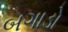
બગાડો